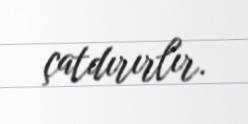
çatdırırlır.